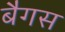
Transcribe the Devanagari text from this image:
बैगस